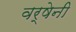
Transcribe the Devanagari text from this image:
वर्षेनी